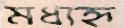
মধ্যহ্ন